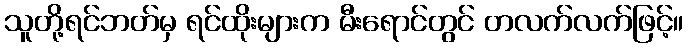
သူတို့ရင်ဘတ်မှ ရင်ထိုးများက မီးရောင်တွင် တလက်လက်ဖြင့်။